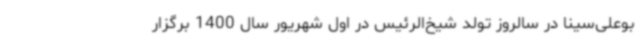
بوعلی‌سینا در سالروز تولد شیخ‌الرئیس در اول شهریور سال 1400 برگزار